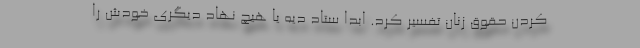
کردن حقوق زنان تفسیر کرد. ابدا ستاد دیه یا هیچ نهاد دیگری خودش را